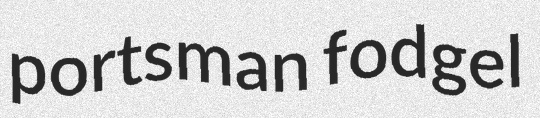
portsman fodgel